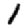
Digit: 1